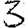
Digit: 3